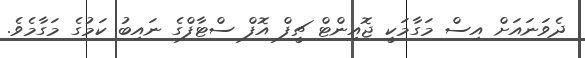
ދެވަނައަށް އިސް މަގާމަކީ ޖޮއިންޓް ޗީފް އޮފް ސްޓާފްގެ ނައިބު ކަމުގެ މަގާމެވެ.